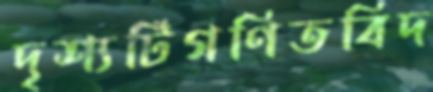
দৃশ্যটিগণিতবিদ